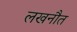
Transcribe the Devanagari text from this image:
लखनौत